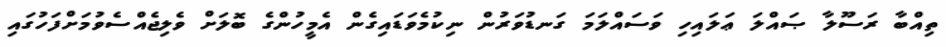
ތިއްބާ ރަސޫލާ ޞައްލަ ޢަލައިހި ވަސައްލަމަ ގަނޑުވަރުން ނިކުމެވަޑައިގެން އެމީހުންގެ ބޮލަށް ވެލިޖެއްސެވުމަށްފަހުގައި